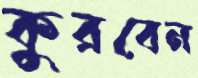
কুরবেন